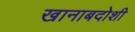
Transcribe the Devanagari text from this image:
खानाबदोशी